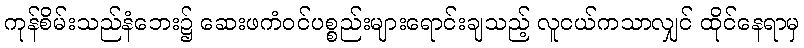
ကုန်စိမ်းသည်နံဘေး၌ ဆေးဖကံဝင်ပစ္စည်းများရောင်းချသည့် လူငယ်ကသာလျှင် ထိုင်နေရာမှ